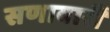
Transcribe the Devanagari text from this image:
सणावारीं